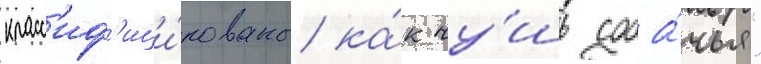
класс'иф'ици́рованы ка́к чу́шь соба́чья"